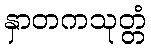
နှာတကသုတ္တံ